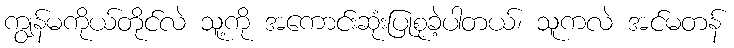
ကျွန်မကိုယ်တိုင်လဲ သူ့ကို အကောင်းဆုံးပြုစုခဲ့ပါတယ်၊ သူကလဲ အင်မတန်